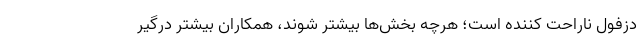
دزفول ناراحت کننده است؛ هرچه بخش‌ها بیشتر شوند، همکاران بیشتر درگیر